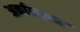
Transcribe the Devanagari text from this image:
अर्कानसन